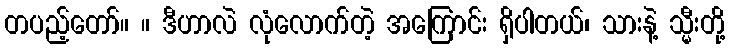
တပည့်တော်။ ။ ဒီဟာလဲ လုံလောက်တဲ့ အကြောင်း ရှိပါတယ်၊ သားနဲ့ သ္မီးတို့